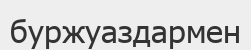
буржуаздармен